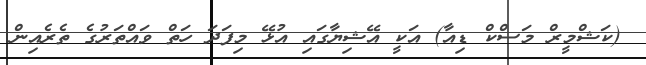
(ކަޝްމީރް މަސްކް ޑިއާ) އަކީ އޭޝިޔާގައި އުޅޭ މިފަދަ ހަތް ވައްތަރުގެ ތެރެއިން